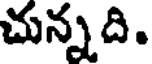
చున్నది.